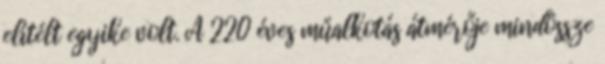
elítélt egyike volt. A 220 éves műalkotás átmérője mindössze